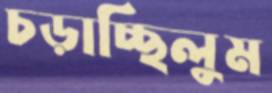
চড়াচ্ছিলুম